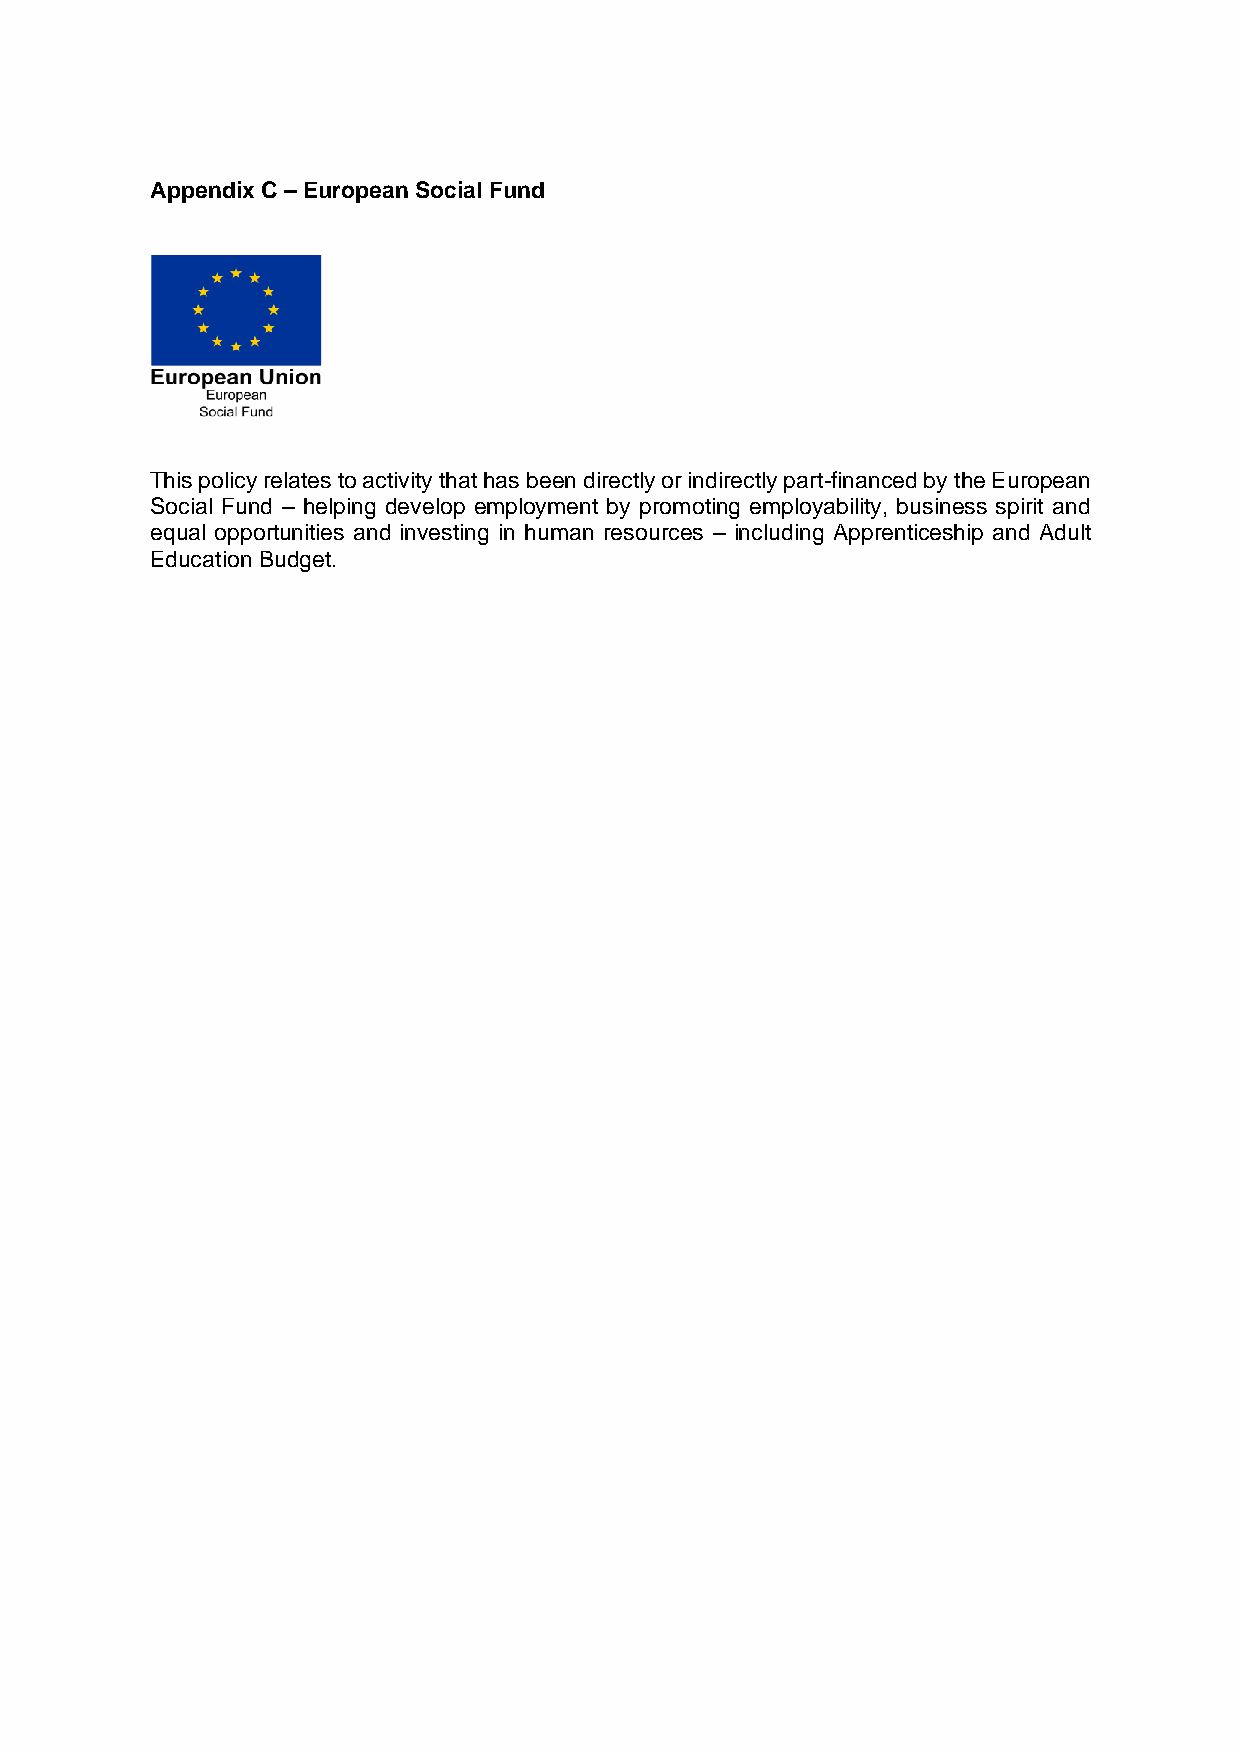
Appendix C – European Social Fund
 This policy relates to activity that has been directly or indirectly part-financed by the European
 Social Fund – helping develop employment by promoting employability, business spirit and
 equal opportunities and investing in human resources – including Apprenticeship and Adult
 Education Budget.